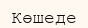
Көшеде